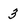
Character: 3